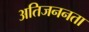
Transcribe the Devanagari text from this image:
अतिजननता